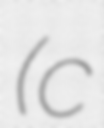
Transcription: (c